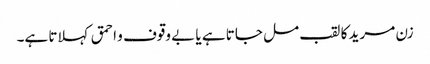
زن مرید کا لقب مل جاتا ہے یا بے وقوف و احمق کہلاتا ہے۔